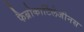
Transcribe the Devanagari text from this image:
फैब्रोकार्टिलेजीनस